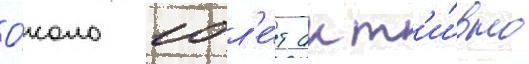
О́коло 10 л'е́т акт'и́вно